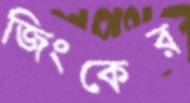
জিংকের